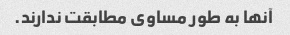
آنها به طور مساوی مطابقت ندارند.